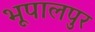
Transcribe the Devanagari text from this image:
भूपालपुर